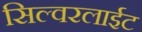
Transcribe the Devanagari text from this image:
सिल्वरलाईट